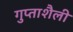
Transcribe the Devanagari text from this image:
गुप्ताशैली